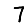
Digit: 7